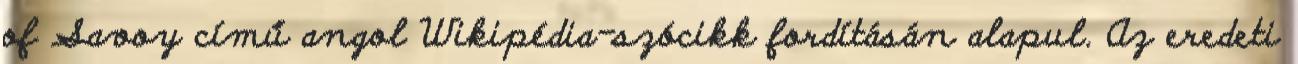
of Savoy című angol Wikipédia-szócikk fordításán alapul. Az eredeti